Bulletin of the Pasteur Institute of Southern India, Coonoor - No. 1.
Year: 1908
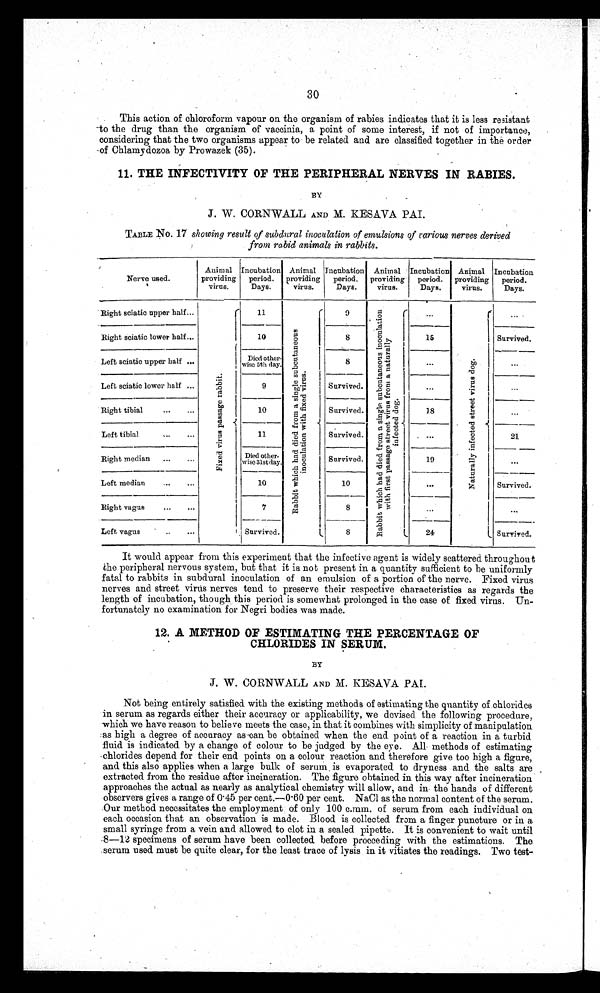
30
This action of chloroform vapour on the organism of rabies indicates that it is less resistant
to the drug than the organism of vaccinia, a point of some interest, if not of importance,
considering that the two organisms appear to be related and are classified together in the order
-of Chlamydozoa by Prowazek (35).
11. THE INFECTIVITY OF THE PERIPHERAL NERVES IN RABIES.
BY
J. W. CORNWALL AND M. KESAVA PAL
TABLE No. 17 showing result of subdural inoculation of emulsions of rarious nerves derived
from rabid animals in rabbits.
Nerve used,
.
Animal
providing
virus.
Incubation
period.
Days.
Animal
providing
virus.
Incubation
period.
Days.
Animal
providing
virus.
Incubation
period.
Days.
Animal
providing
virus.
Incubation
period.
Days,
Right sciatic upper half...
Fi xed vi r us pas s age r abbi t
11
R a b b i t w h i c h h a d d i e d f r o m a s i n g l e s u b c u t a n e o u s
i n o c u l a t i o n w i t h f i x e d v i r u s .
9
R a b b i t w h i c h h a d d i e d f r o m a s i n g l e s u b c u t a n e o u s i n o c u l a t i o n w i t h f i r s t p a s s a g e s t r e e t v i r u s f r o m a n a t u r a l l y i n f e c t e d d o g .
N a t u r a l l y i n f e c t e d s t r e e t v i r u s d o g .
l
Right sciatic lower half... ...
10
8
15
Survived.
Left sciatic upper half ...
Died other-
wise 5th day.
—
8
Left sciatic lower half ...
9
Survived.
••.
•••
Right, tibial
...
...
10
Survived.
1 8
Left tibial
..,
11
Survived.
21
Right median ...
.„
Died other-
WiSe 31st (lay.
Survived,
19
--
...
Left median
...
...
10
10
Survived.
Right vagus
..,
..•
7
"
--
Left vague
..
...
Survived.
S
24
Survived.
It would appear from this experiment that the infective agent is widely scattered throughout
the peripheral nervous system, but that it is not present in a quantity sufficient to be uniformly
fatal to rabbits in subclural inoculation of an emulsion of a portion of the nerve. Fixed virus
nerves and street virus nerves tend to preserve their respective characteristics as regards the
length of incubation, though this period is somewhat prolonged in the case of fixed virus. Un-
fortunately no examination for Negri bodies was made.
12. A METHOD OF ESTIMATING THE PERCENTAGE OF
CHLORIDES IN SERUM.
BY
J. W. CORNWALL AND M. KESAVA PAI
Not being entirely satisfied with the existing methods of estimating the quantity of chlorides
in serum as regards either their accuracy or applicability, we devised the following procedure,
which we have reason to believe meets the ease, in that it combines with simplicity of manipulation
:as high a degree of accuracy as can be obtained when the end point of a reaction in a turbid
fluid is indicated by a change of colour to be judged by the eye. All methods of estimating
chlorides depend for their end points on a colour reaction and therefore give too high a figure,
and this also applies when a large bulk of serum . is evaporated to dryness and the salts are
extracted from the residue after incineration. The figure obtained in this way after incineration
approaches the actual as nearly as analytical chemistry will allow, and in- the hands of different
observers gives a range of 0·45 per cent.—0.60 per cent, NaC1 as the normal content of the serum.
Our method necessitates the employment of only 100 c.mm. of serum from each individual on
each occasion that an observation is made. Blood is collected from a finger puncture or in a
small syringe from a vein and allowed to clot in a sealed pipette. It is convenient to wait until
8—12 specimens of serum have been collected before proceeding with the estimations. The
.serum used. must be quite clear, for the least trace of lysis in it vitiates the readings. Two test-